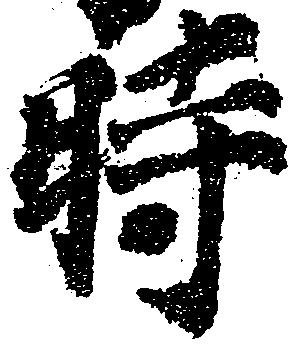
時